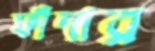
ফাঁদার